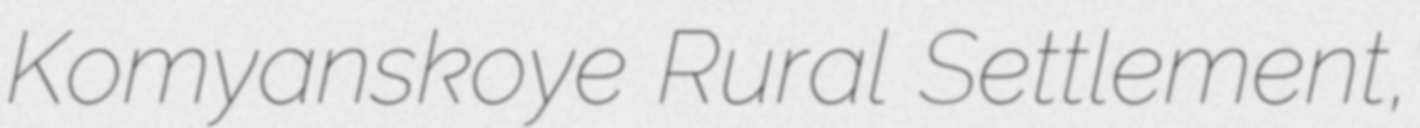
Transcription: Komyanskoye Rural Settlement,